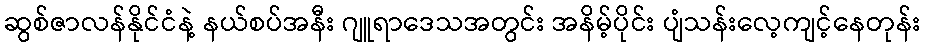
ဆွစ်ဇာလန်နိုင်ငံနဲ့ နယ်စပ်အနီး ဂျူရာဒေသအတွင်း အနိမ့်ပိုင်း ပျံသန်းလေ့ကျင့်နေတုန်း